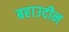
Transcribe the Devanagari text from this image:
बहाउदीन